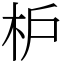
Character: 枦